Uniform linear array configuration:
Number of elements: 16
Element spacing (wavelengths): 0.75
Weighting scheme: binomial
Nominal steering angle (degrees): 15
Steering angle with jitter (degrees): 15.163
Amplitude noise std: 0.05
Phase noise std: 0.05

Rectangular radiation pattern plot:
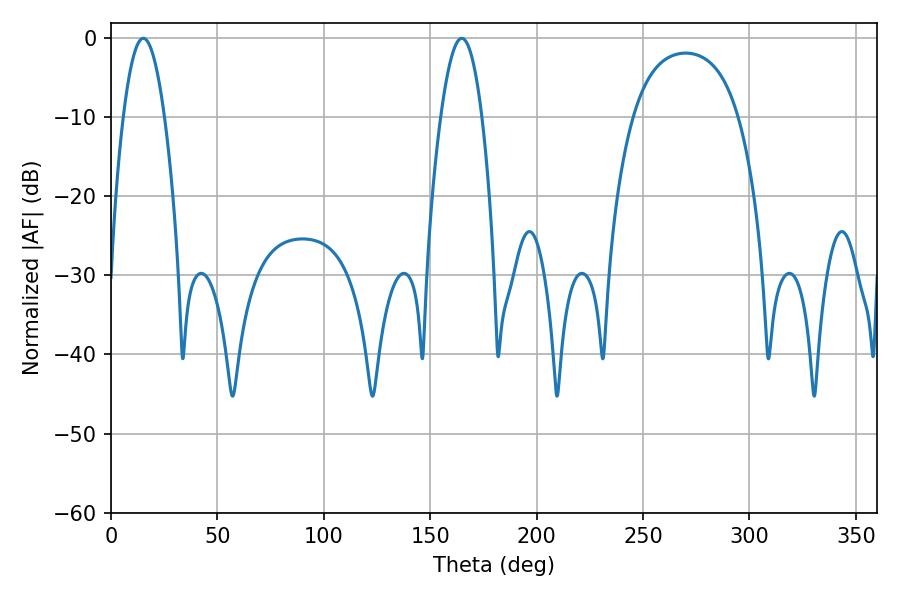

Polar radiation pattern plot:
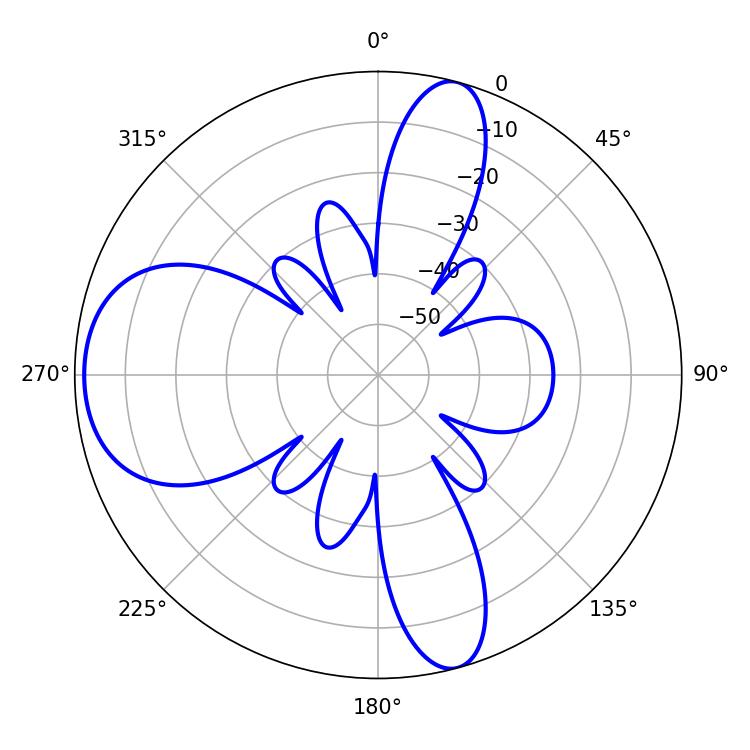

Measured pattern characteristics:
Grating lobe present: TRUE
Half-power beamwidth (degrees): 10.62
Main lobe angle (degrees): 15.12